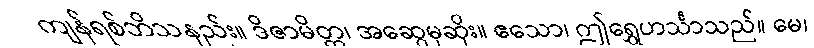
ကျန်ရစ်ဘိသနည်း။ ဒိဇာမိတ္တ၊ အဆွေမုဆိုး။ ဧသော၊ ဤရွှေဟင်္သာသည်။ မေ၊